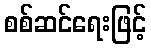
စစ်ဆင်ရေးဖြင့်